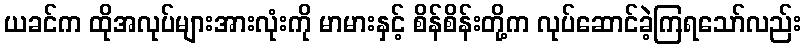
ယခင်က ထိုအလုပ်များအားလုံးကို မာမားနှင့် စိန်စိန်းတို့က လုပ်ဆောင်ခဲ့ကြရသော်လည်း